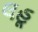
લહૂ